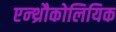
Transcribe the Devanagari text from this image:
एन्थ्रौकोलियिक